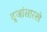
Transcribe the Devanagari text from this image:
दुजांसारखे